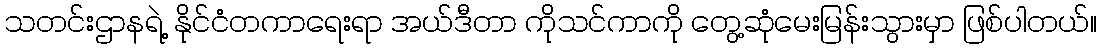
သတင်းဌာနရဲ့ နိုင်ငံတကာရေးရာ အယ်ဒီတာ ကိုသင်ကာကို တွေ့ဆုံမေးမြန်းသွားမှာ ဖြစ်ပါတယ်။